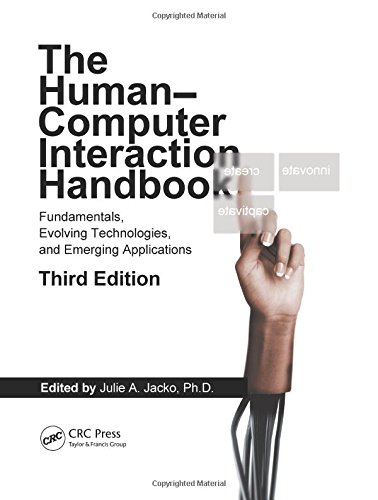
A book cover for Human Computer Interaction Handbook: Fundamentals, Evolving Technologies, and Emerging Applications, Third Edition (Human Factors and Ergonomics); Computers & Technology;